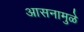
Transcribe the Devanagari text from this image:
आसनामुळे